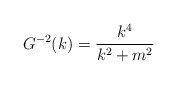
\begin{align*}G^{-2}(k)=\frac{k^4}{k^2+m^2}\end{align*}